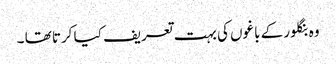
وہ بنگلور کے باغوں کی بہت تعریف کیا کرتا تھا ۔